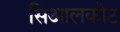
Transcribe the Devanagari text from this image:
सिआलकोट